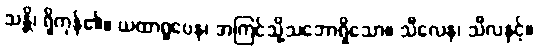
သန္တိ၊ ရှိကုန်၏။ ယထာရူပေန၊ အကြင်သို့သဘောရှိသော။ သီလေန၊ သီလနှင့်။